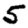
Digit: 5